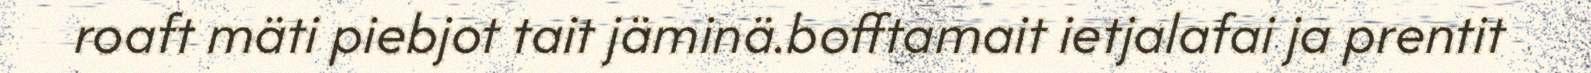
roaft mäti piebjot tait jäminä.bofftamait ietjalafai ja prentit